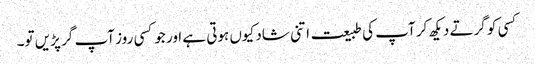
کسی کو گرتے دیکھ کر آپ کی طبیعت اتنی شاد کیوں ہوتی ہے اور جوکسی روز آپ گر پڑیں تو۔